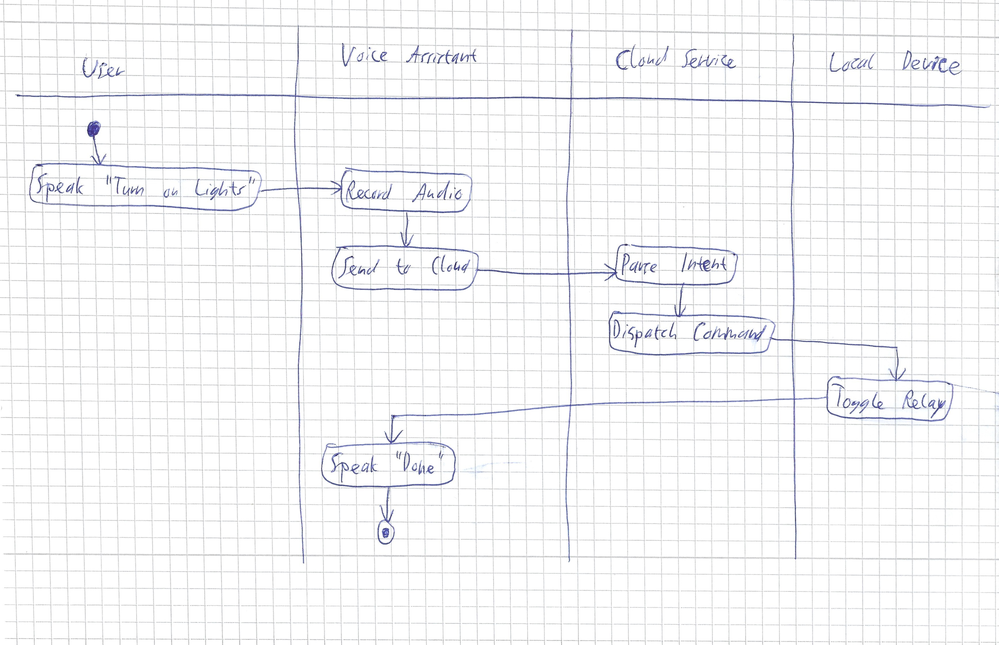
Diagram type: activity_diagram
```plantuml
@startuml

|User|
start
:Speak "Turn on Lights";
|Voice Assistant|
:Record Audio;
:Send to Cloud;
|Cloud Service|
:Parse Intent;
:Dispatch Command;
|Local Device|
:Toggle Relay;
|Voice Assistant|
:Speak "Done";
stop

@enduml
```